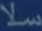
\mathbb{L}_{w}